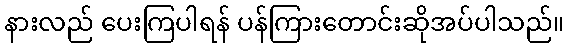
နားလည် ပေးကြပါရန် ပန်ကြားတောင်းဆိုအပ်ပါသည်။